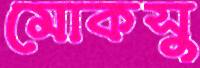
মোকসু